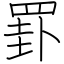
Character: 罫